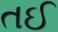
તઈ